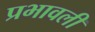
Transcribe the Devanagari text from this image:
प्रभावली